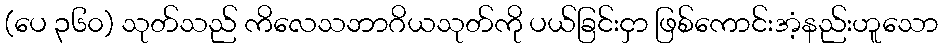
(ပေ ၃၆၀) သုတ်သည် ကိလေသဘာဂိယသုတ်ကို ပယ်ခြင်းငှာ ဖြစ်ကောင်းအံ့နည်းဟူသော